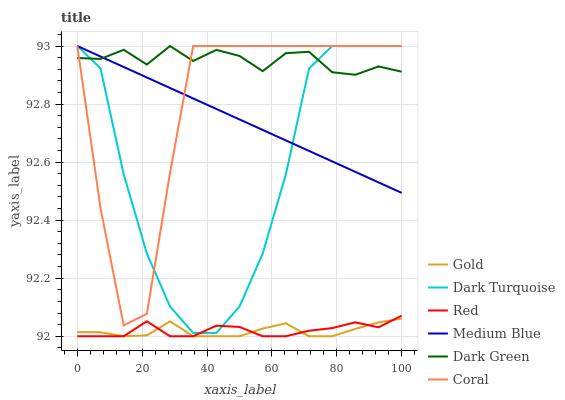
| xaxis_label | Gold | Dark Turquoise | Red | Medium Blue | Dark Green | Coral |
 | --- | --- | --- | --- | --- | --- | --- |
 | 0 | 92 | 93 | 92 | 93 | 93 | 93 |
 | 7.14 | 92 | 92.9 | 92 | 93 | 93 | 92.4 |
 | 14.3 | 92 | 92.6 | 92 | 92.9 | 93 | 92 |
 | 21.4 | 92 | 92.3 | 92.1 | 92.9 | 92.9 | 92.1 |
 | 28.6 | 92.1 | 92.1 | 92 | 92.9 | 93 | 92.6 |
 | 35.7 | 92 | 92 | 92 | 92.8 | 92.9 | 93 |
 | 42.9 | 92 | 92 | 92 | 92.8 | 93 | 93 |
 | 50 | 92 | 92.1 | 92 | 92.7 | 93 | 93 |
 | 57.1 | 92 | 92.3 | 92 | 92.7 | 92.9 | 93 |
 | 64.3 | 92 | 92.6 | 92 | 92.7 | 93 | 93 |
 | 71.4 | 92 | 92.9 | 92 | 92.6 | 93 | 93 |
 | 78.6 | 92 | 93 | 92 | 92.6 | 92.9 | 93 |
 | 85.7 | 92 | 93 | 92 | 92.6 | 92.9 | 93 |
 | 92.9 | 92 | 93 | 92 | 92.5 | 92.9 | 93 |
 | 100 | 92.1 | 93 | 92.1 | 92.5 | 92.9 | 93 |